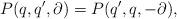
LaTeX: \begin{align*}P(q,q',\partial)=P(q',q,-\partial),\end{align*}